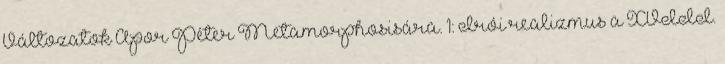
Változatok Apor Péter Metamorphosisára. 1: Irói realizmus a XVIII.